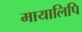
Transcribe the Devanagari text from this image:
मायालिपि